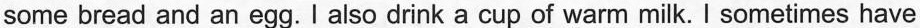
some bread and an egg.I also drink a cup of warm milk. I sometimes have